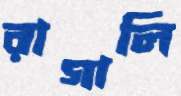
রাগালি